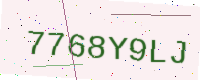
Text: 7768Y9LJ